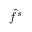
{ \hat { f } } ^ { s }